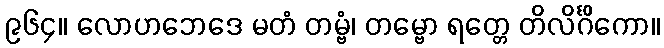
၉၆၄။ လောဟဘေဒေ မတံ တမ္ဗံ၊ တမ္ဗော ရတ္တေ တိလိင်္ဂိကော။